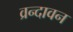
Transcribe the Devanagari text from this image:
व्रन्दावन